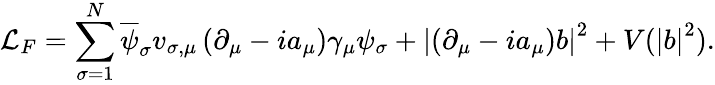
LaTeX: \mathcal{L}_{F}=\sum_{\sigma=1}^{N}\overline{{{\psi}}}_{\sigma}v_{\sigma,\mu}\left(\partial_{\mu}-ia_{\mu}\right)\gamma_{\mu}\psi_{\sigma}+\left|\left(\partial_{\mu}-ia_{\mu}\right)b\right|^{2}+V(\left|b\right|^{2}).